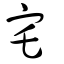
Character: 宅